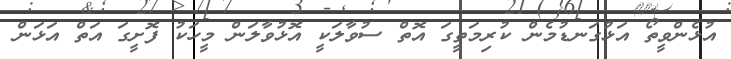
އުޅެންވީތޯ އަޅުގަނޑުމެން ކުރިމަތީގަ އޮތް ސުވާލަކީ އޮޅުވާލަން މީހަކު ފޮށީގަ އަތް އަޅަން